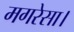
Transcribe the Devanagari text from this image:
मगरेसा।